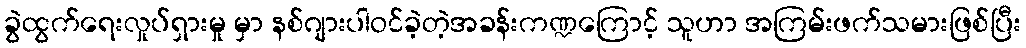
ခွဲထွက်ရေးလှုပ်ရှားမှု မှာ နစ်ဂျားပါဝင်ခဲ့တဲ့အခန်းကဏ္ဍကြောင့် သူဟာ အကြမ်းဖက်သမားဖြစ်ပြီး